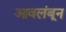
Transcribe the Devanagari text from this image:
आवलंबून